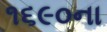
૧૬૯૦ના